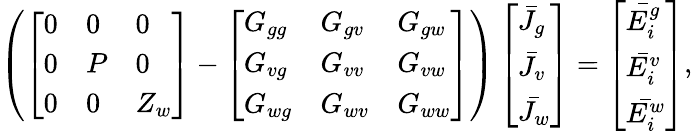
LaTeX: \begin{array}{r}{\left(\left[\begin{array}{lll}{0}&{0}&{0}\\ {0}&{P}&{0}\\ {0}&{0}&{Z_{w}}\end{array}\right]-\left[\begin{array}{lll}{G_{gg}}&{G_{gv}}&{G_{gw}}\\ {G_{vg}}&{G_{vv}}&{G_{vw}}\\ {G_{wg}}&{G_{wv}}&{G_{ww}}\end{array}\right]\right)\left[\begin{array}{l}{\bar{J_{g}}}\\ {\bar{J_{v}}}\\ {\bar{J_{w}}}\end{array}\right]=\left[\begin{array}{l}{\bar{E_{i}^{g}}}\\ {\bar{E_{i}^{v}}}\\ {\bar{E_{i}^{w}}}\end{array}\right],}\end{array}